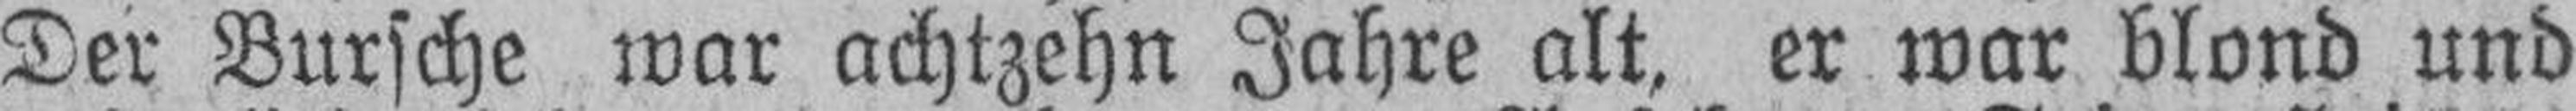
Der Bursche war achtzehn Jahre alt, er war blond und